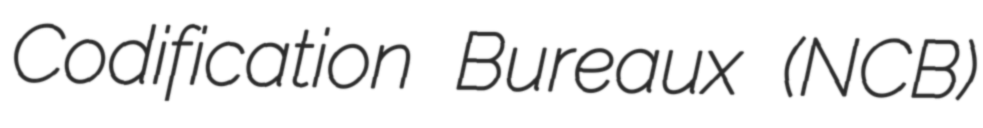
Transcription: Codification Bureaux (NCB)